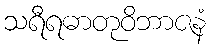
သရီရဓာတုဝိဘာဇနံ